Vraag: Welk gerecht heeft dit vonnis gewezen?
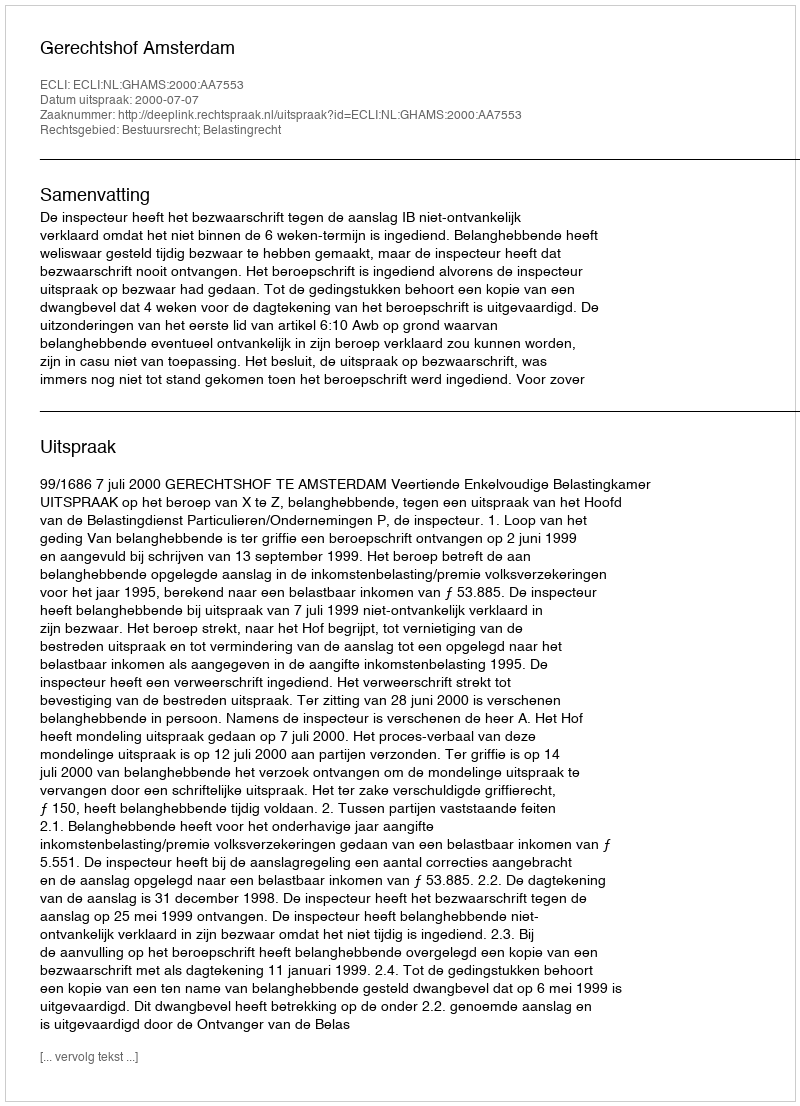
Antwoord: Gerechtshof Amsterdam